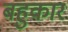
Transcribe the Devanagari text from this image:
बहुकार